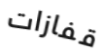
قفازات